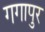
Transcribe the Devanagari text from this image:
गगापुर